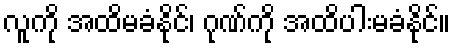
လူကို အထိမခံနိုင်၊ ဂုဏ်ကို အထိပါးမခံနိုင်။